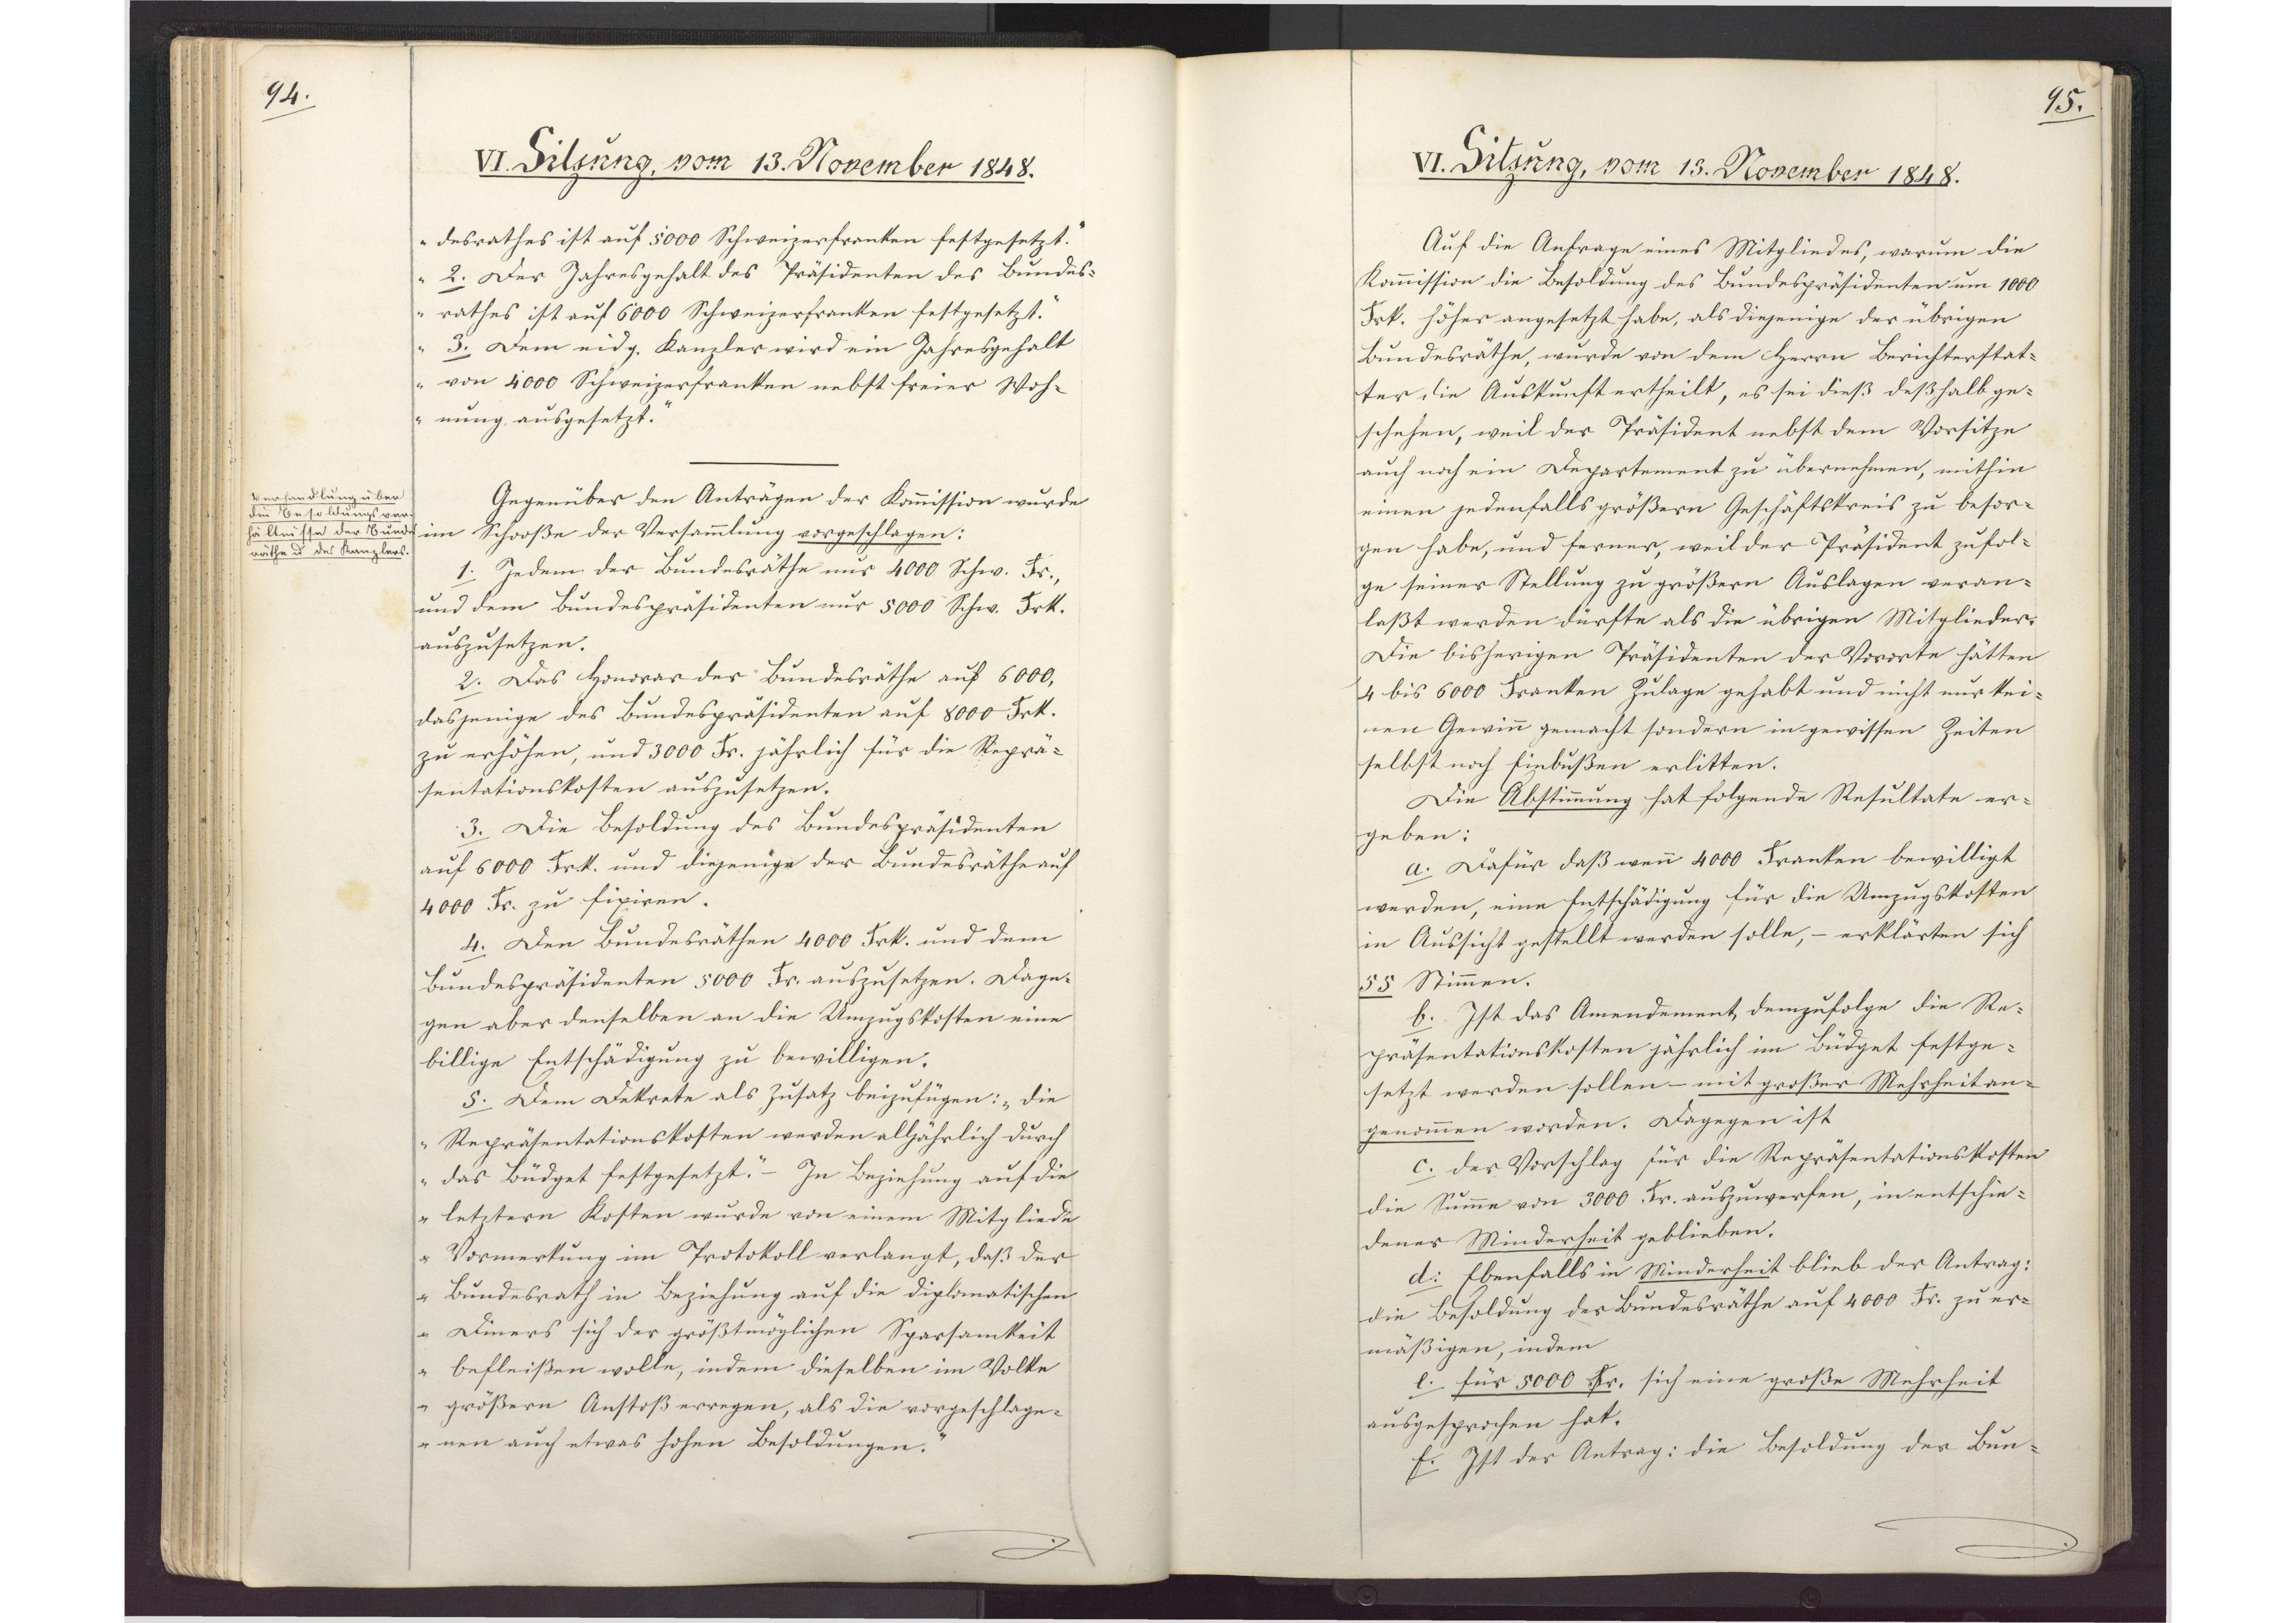
94.

VI. Sitzung, vom 13. November 1848.

desrathes ist auf 5000 Schweizerfranken festgesetzt.
2. Der Jahresgehalt des Präsidenten des Bundes¬
rathes ist auf 6000 Schweizerfranken festgesetzt.
3. Dem eidg. Kanzler wird ein Jahresgehalt
von 4000 Schweizerfranken nebst freier Woh¬
nung ausgesetzt.
Gegenüber den Anträgen der Kommission wurde
im Schooße der Versammlung vorgeschlagen:
1. Jedem der Bundesräthe nur 4000 Schw. Fr.,
und dem Bundespräsidenten nur 5000 Schw. Frk.
auszusetzen.
2. Das Honorar der Bundesräthe auf 6000,
dasjenige des Bundespräsidenten auf 8000 Frk.
zu erhöhen, und 3000 Fr. jährlich für die Reprä¬
sentationskosten auszusetzen.
3. Die Besoldung des Bundespräsidenten
auf 6000 Frk. und diejenige der Bundesräthe auf
4000 Fr. zu fixiren.
4. Den Bundesräthen 4000 Frk. und dem
Bundespräsidenten 5000 Fr. auszusetzen. Dage¬
gen aber denselben an die Umzugskosten eine
billige Entschädigung zu bewilligen.
5. Dem Dekrete als Zusatz beizufügen: "die
Repräsentationskosten werden alljährlich durch
das Büdget festgesetzt."- In Beziehung auf die
letztern Kosten wurde von einem Mitgliede
Vormerkung im Protokoll verlangt, daß der
Bundesrath in Beziehung auf die diplomatischen
Diners sich der größtmöglichen Sparsamkeit
befleißen wolle, indem dieselben im Volke
größern Anstoß erregen, als die vorgeschlage¬
nen auch etwas hohen Besoldungen."

Verhandlung über
die Besoldungsver¬
hältnisse der Bundes¬
räthe und des Kanzlers.

95.

VI. Sitzung, vom 13. November 1848.

Auf die Anfrage eines Mitgliedes, warum die
Kommission die Besoldung des Bundespräsidenten um 1000
Frk. höher angesetzt habe, als diejenige der übrigen
Bundesräthe, wurde von dem Herrn Berichterstat¬
ter die Auskunft ertheilt, es sei dieß deßhalb ge¬
schehen, weil der Präsident nebst dem Vorsitze
auch noch ein Departement zu übernehmen, mithin
einen jedenfalls größern Geschäftskreis zu besor¬
gen habe, und ferner, weil der Präsident zufol¬
ge seiner Stellung zu größern Auslagen veran¬
laßt werden dürfte als die übrigen Mitglieder.
Die bisherigen Präsidenten der Vororte hätten
4 bis 6000 Franken Zulage gehabt und nicht nur kei¬
nen Gewinn gemacht sondern in gewissen Zeiten
selbst noch Einbußen erlitten.
Die Abstimmung hat folgende Resultate er¬
geben:
a. Dafür daß wenn 4000 Franken bewilligt
werden, eine Entschädigung für die Umzugskosten
in Aussicht gestellt werden solle, - erklärten sich
55 Stimmen.
b. Ist das Amendement, demzufolge die Re¬
präsentationskosten jährlich im Büdget festge¬
setzt werden sollen - mit großer Mehrheit an¬
genommen worden. Dagegen ist
c. der Vorschlag für die Repräsentationskosten
die Summe von 3000 Fr. auszuwerfen, in entschie¬
dener Minderheit geblieben.
d. Ebenfalls in Minderheit blieb der Antrag:
die Besoldung der Bundesräthe auf 4000 Fr. zu er¬
mäßigen, indem
e. für 5000 Fr. sich eine große Mehrheit
ausgesprochen hat.
f. Ist der Antrag: die Besoldung der Bun¬